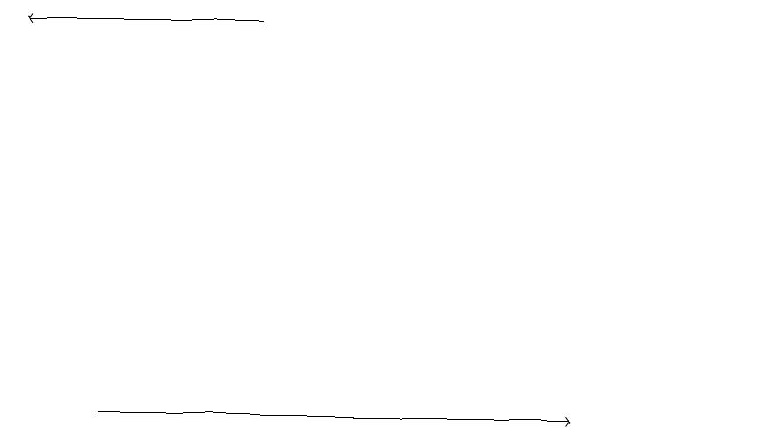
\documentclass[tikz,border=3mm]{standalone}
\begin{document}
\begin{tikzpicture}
\draw[->] (2,11) -- (8,11);
\draw (10,12) circle (0);
\draw[->] (4,16) -- (1,16);
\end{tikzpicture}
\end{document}